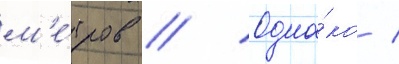
м'е́тров // Одна́ко /